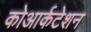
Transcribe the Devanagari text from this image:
कोआर्कटेशन